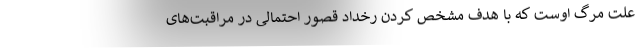
علت مرگ اوست که با هدف مشخص کردن رخداد قصور احتمالی در مراقبت‌های